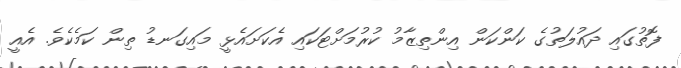
ފޮތުގައި ދައުލަތުގެ ކަންކަން އިންތިޒާމު ކުރުމަށްޓަކައި އެކަށައެޅީ މައިގަނޑު ތިން ކަމެކެވެ. އެއީ